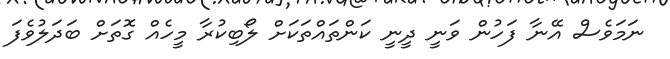
ނަމަވެސް އޭނާ ފަހުން ވަނީ ދީނީ ކަންތައްތަކަށް ލޯބިކުރާ މީހެއް ގޮތަށް ބަދަލުވެފަ